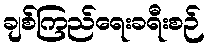
ချစ်ကြည်ရေးခရီးစဉ်